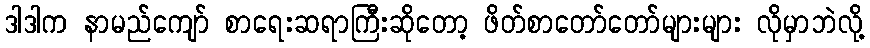
ဒါဒါက နာမည်ကျော် စာရေးဆရာကြီးဆိုတော့ ဖိတ်စာတော်တော်များများ လိုမှာဘဲလို့